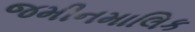
જમીનમાલિક